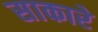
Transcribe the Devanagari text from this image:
साकारे